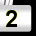
Digit: 2